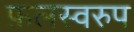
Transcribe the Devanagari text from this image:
फ़लस्वरुप